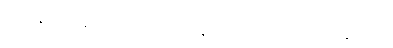
သကနိဝေသနတော၊ မိမိအိမ်မှ။ နီတာနိ၊ ဆောင်ခဲ့အပ်ကုန်သော။